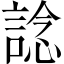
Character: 諗